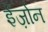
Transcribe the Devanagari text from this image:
ईज़ोन